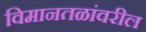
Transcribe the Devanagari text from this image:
विमानतळांवरील